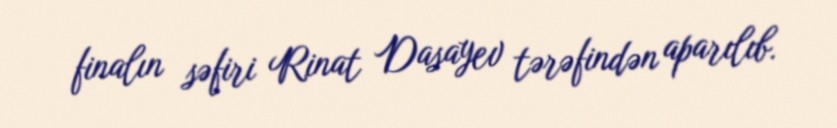
finalın səfiri Rinat Dasayev tərəfindən aparılıb.